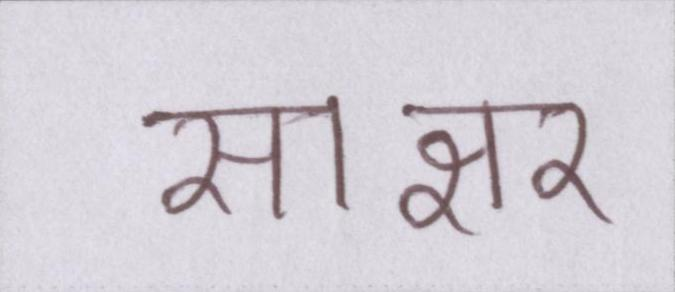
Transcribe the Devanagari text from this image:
साक्षर